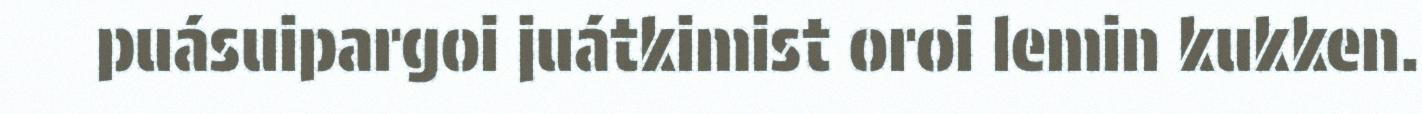
puásuipargoi juátkimist oroi lemin kukken.